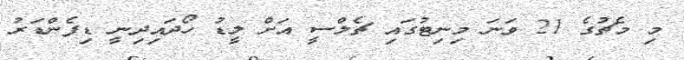
މި މެޗުގެ 21 ވަނަ މިނިޓުގައި ޗެލްސީ އަށް ލީޑު ހޯދައިދިނީ ޑިފެންޑަރު